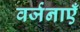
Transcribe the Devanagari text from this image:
वर्जनाएँ